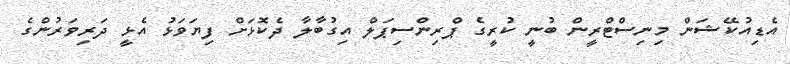
އެޑިއުކޭޝަން މިނިސްޓްރީން ބުނީ ކުރީގެ ޕްރިންސިޕަލް އިގުބާލާ ދެކޮޅަށް ފިޔަވަޅު އެޅީ ދަރިވަރުންގެ